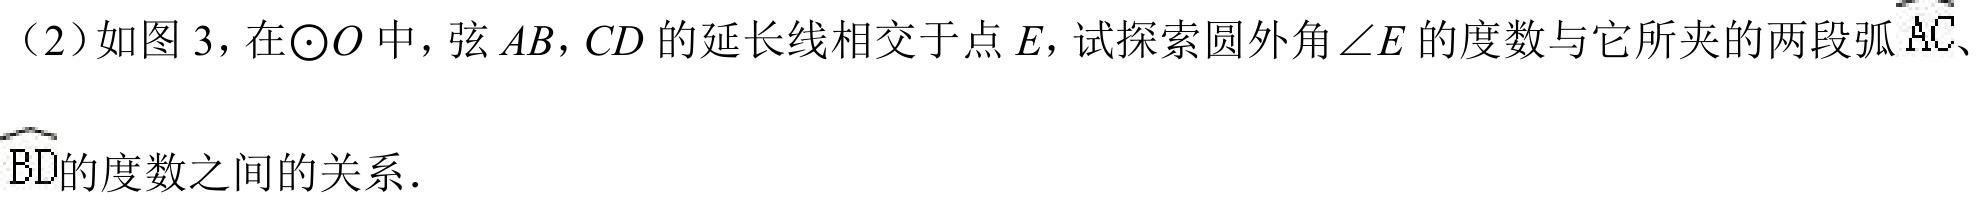
（2）如图 3，在\(\odot O\)中，弦\(AB,CD\)的延长线相交于点\(E\)，试探索圆外角\(\angle E\)的度数与它所夹的两段弧\(\overset{\frown}{AC}\)、\(\overset{\frown}{BD}\)的度数之间的关系．